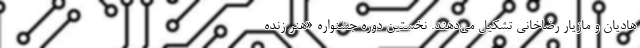
هادیان و مازیار رضاخانی تشکیل می‌دهند. نخستین دوره جشنواره «هنر زنده